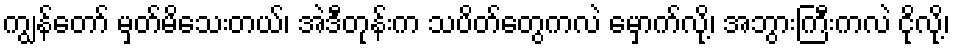
ကျွန်တော် မှတ်မိသေးတယ်၊ အဲဒီတုန်းက သပိတ်တွေကလဲ မှောက်လို့၊ အဘွားကြီးကလဲ ငိုလို့၊